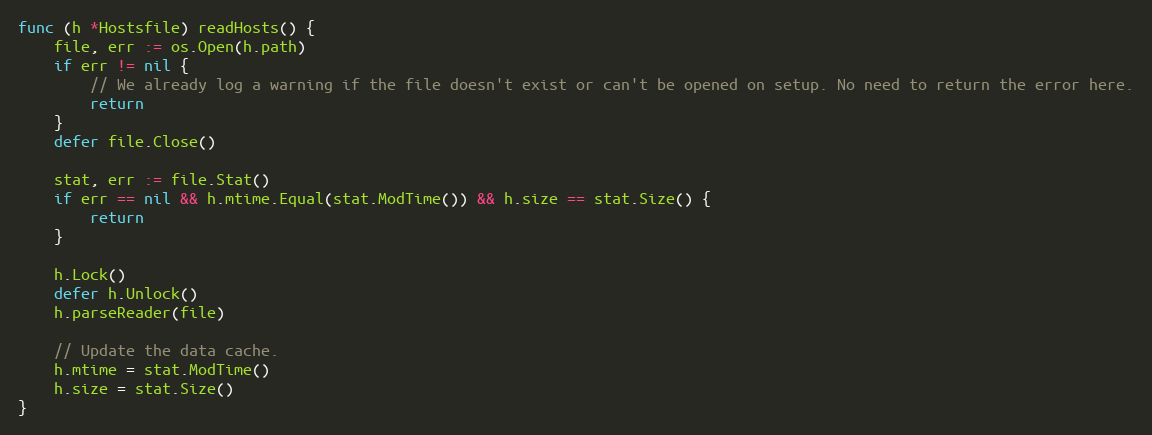
Language: Go
func (h *Hostsfile) readHosts() {
	file, err := os.Open(h.path)
	if err != nil {
		// We already log a warning if the file doesn't exist or can't be opened on setup. No need to return the error here.
		return
	}
	defer file.Close()

	stat, err := file.Stat()
	if err == nil && h.mtime.Equal(stat.ModTime()) && h.size == stat.Size() {
		return
	}

	h.Lock()
	defer h.Unlock()
	h.parseReader(file)

	// Update the data cache.
	h.mtime = stat.ModTime()
	h.size = stat.Size()
}